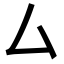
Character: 厶